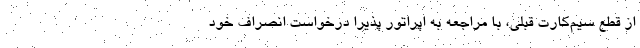
از قطع سیم‌کارت قبلی، با مراجعه به اپراتور پذیرا درخواست انصراف خود